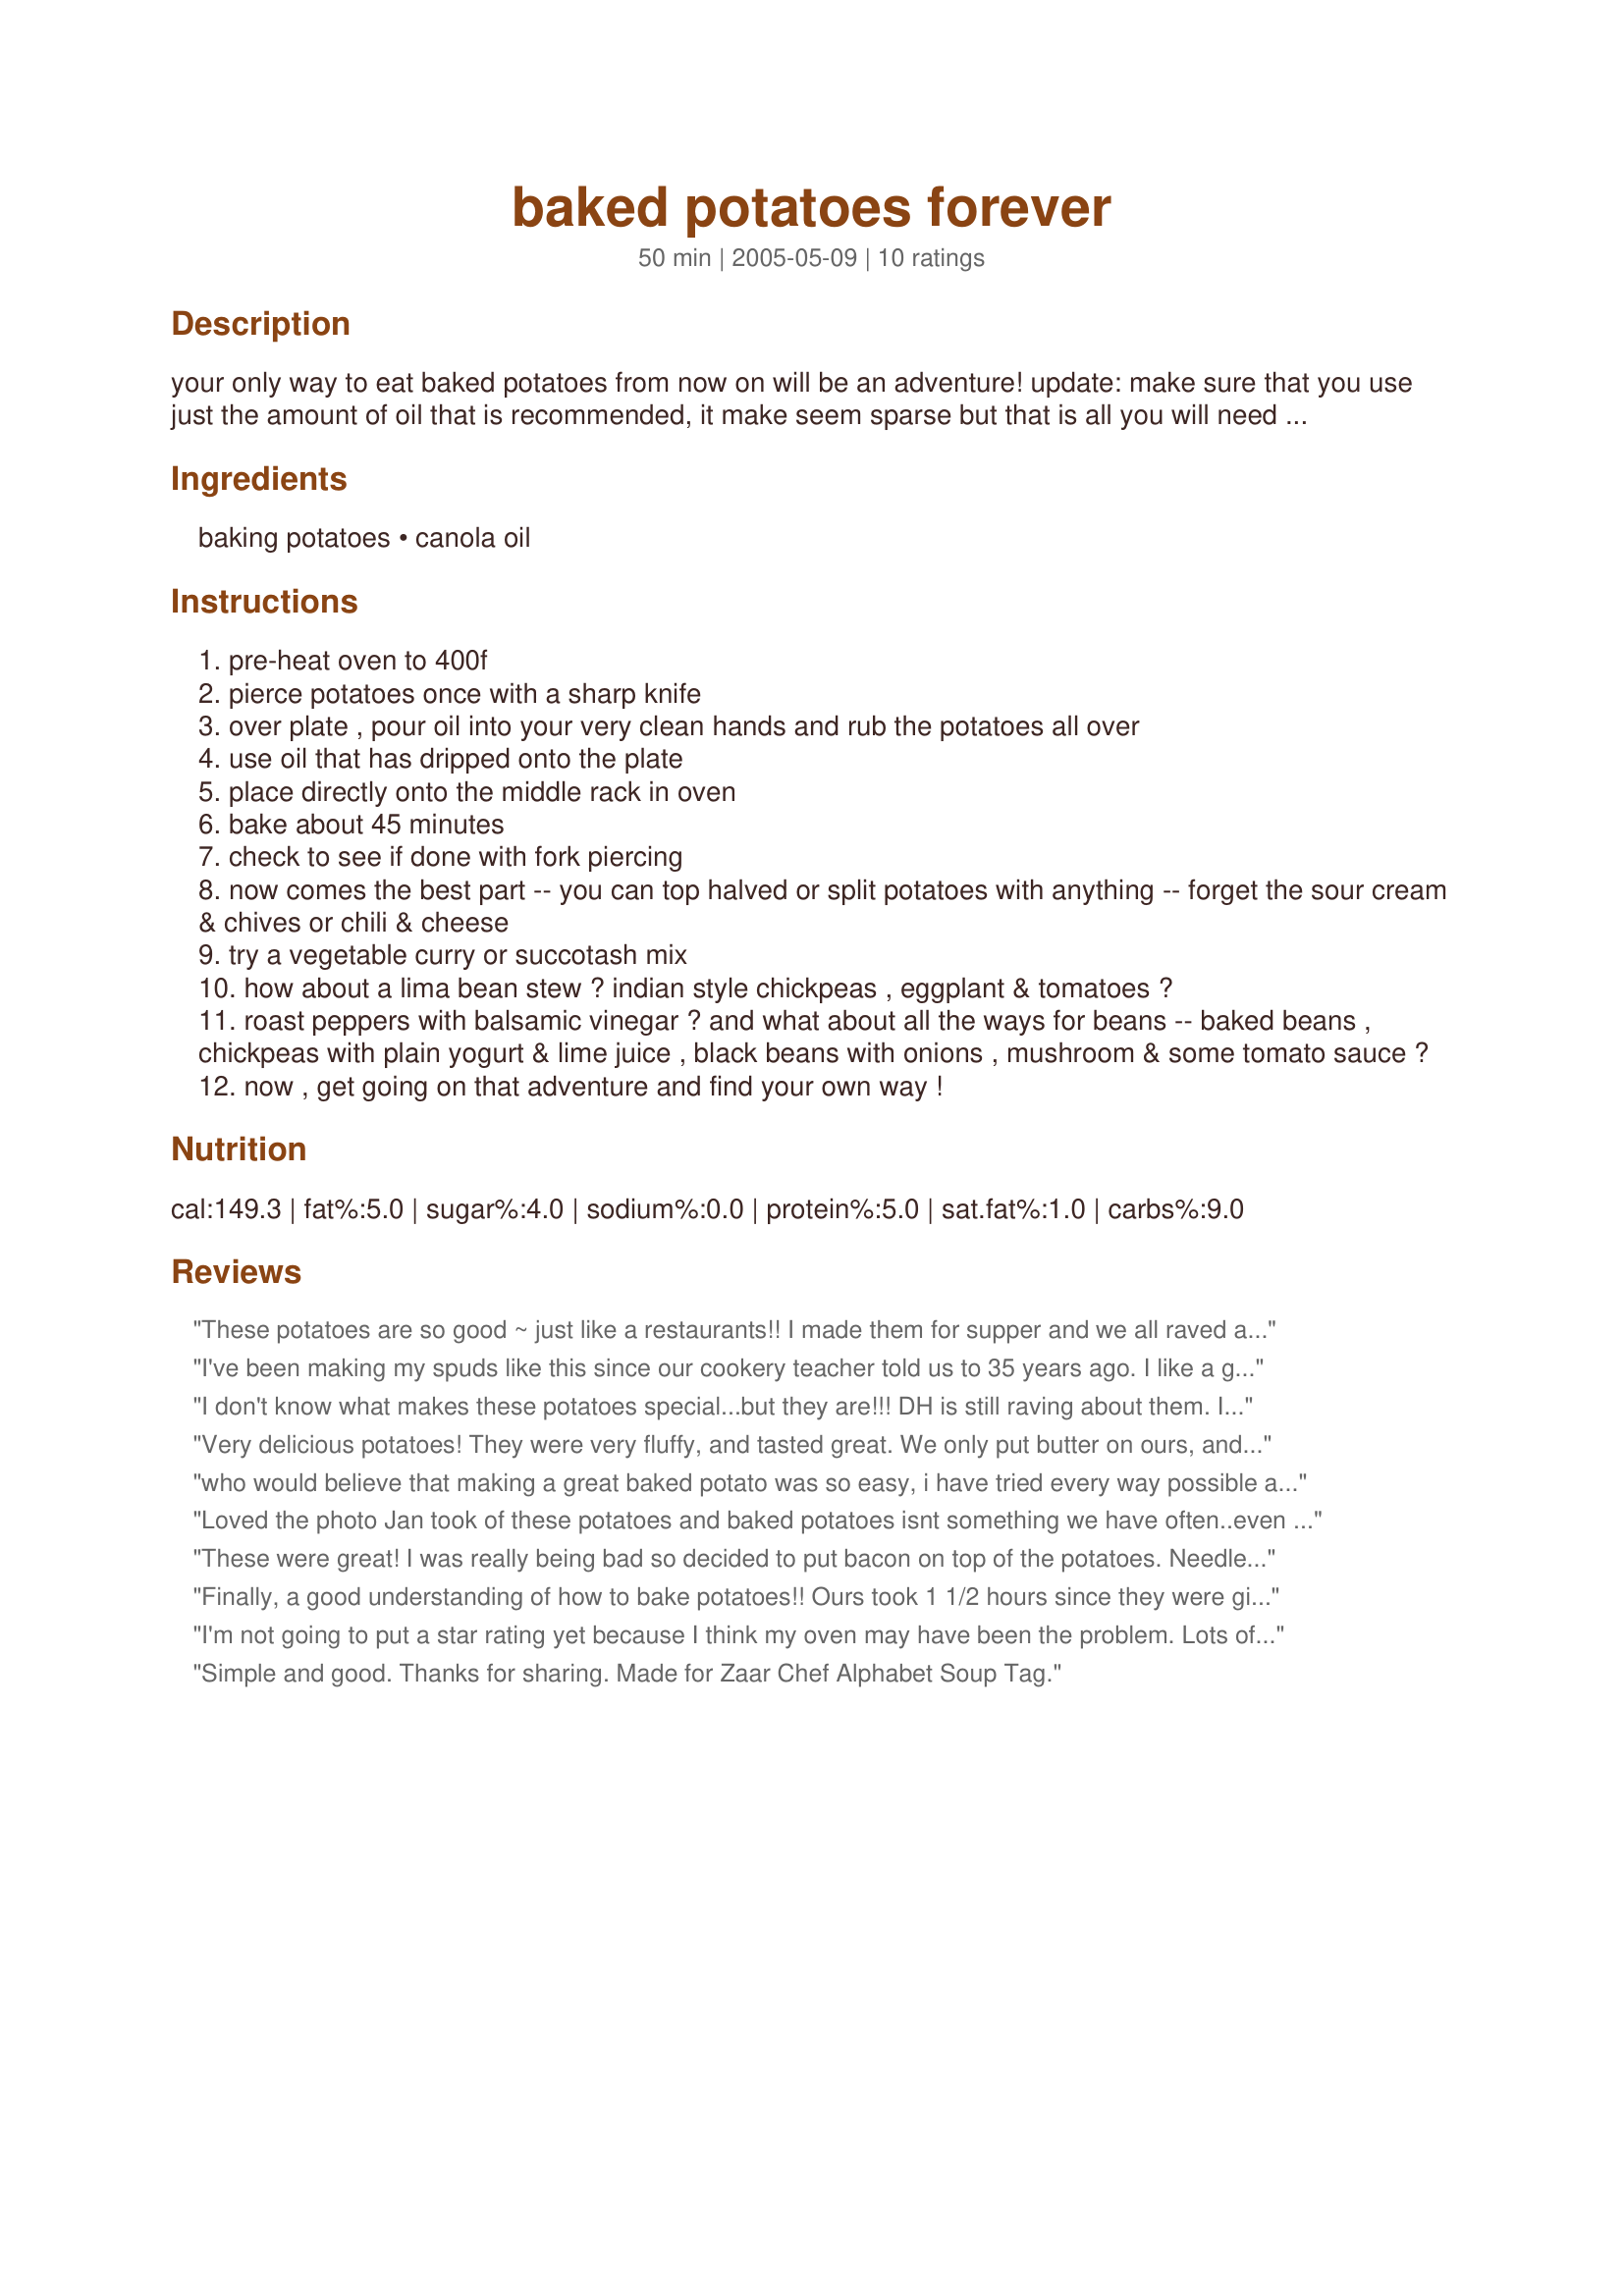
baked potatoes forever
Preparation time: 50 minutes

your only way to eat baked potatoes from now on will be an adventure!
update: make sure that you use just the amount of oil that is recommended, it make seem sparse but that is all you will need otherwise you will have drips like amandabeth did.

Ingredients:
baking potatoes, canola oil

Steps:
pre-heat oven to 400f
pierce potatoes once with a sharp knife
over plate , pour oil into your very clean hands and rub the potatoes all over
use oil that has dripped onto the plate
place directly onto the middle rack in oven
bake about 45 minutes
check to see if done with fork piercing
now comes the best part -- you can top halved or split potatoes with anything -- forget the sour cream & chives or chili & cheese
try a vegetable curry or succotash mix
how about a lima bean stew ? indian style chickpeas , eggplant & tomatoes ?
roast peppers with balsamic vinegar ? and what about all the ways for beans -- baked beans , chickpeas with plain yogurt & lime juice , black beans with onions , mushroom & some tomato sauce ?
now , get going on that adventure and find your own way !

Reviews:
These potatoes are so good ~ just like a restaurants!! I made them for supper and we all raved about how good they are. The potato was fluffy and just perfect with our steaks. Thanks so much for posting!!
I've been making my spuds like this since our cookery teacher told us to 35 years ago. I like a grinding of salt over them after oiling them, and sorry, but I love sour cream on them. I also like to use them as a base for other toppings, but good old sour cream is a must sometimes ;-)
I don't know what makes these potatoes special...but they are!!! DH is still raving about them. I grilled them this time, but I believe this will be my baked potato recipe year round.
Very delicious potatoes! They were very fluffy, and tasted great. We only put butter on ours, and served grilled chicken and biscuits with it. YUM! One thing I did need to do though, was put a cookie sheet on the rack underneath to catch some dripping oil. Great recipe!
who would believe that making a great baked potato was so easy, i have tried every way possible and even roasted them on a bed of kosher salt (big coarse grains) and nothing compares to these! 
Thanks again for a great recipe!

Loved the photo Jan took of these potatoes and baked potatoes isnt something we have often..even though we do love them..have to admit to loving sour cream and chives on them too!
Great recipe, thanks for sharing.
These were great! I was really being bad so decided to put bacon on top of the potatoes. Needless to say, since I had just made fresh bacon, I used the bacon drippings to coat the potato instead of canola oil (decadent I know!). They turned out great. Crunchy on the outside, steamy and creamy on the inside. Yum! Thanks for the great recipe!
Finally, a good understanding of how to bake potatoes!! Ours took 1 1/2 hours since they were giant bakers, and were oh so fluffy and good. This must be how they make them in restaurants. We were "not very hungry" and still ate one whole huge one each!! THANK YOU!
I'm not going to put a star rating yet because I think my oven may have been the problem. Lots of smoke and the potatoes didn't taste as fantastic as everyone has said. Hmmm... I may have to try them again sometime, maybe at a lower temperature or something...
Simple and good. Thanks for sharing. Made for Zaar Chef Alphabet Soup Tag.
